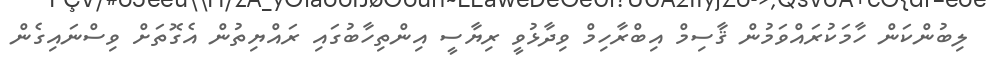
ލިބުންކަން ހާމަކުރައްވަމުން ޤާސިމް އިބްރާހިމް ވިދާޅުވީ ރިޔާސީ އިންތިހާބުގައި ރައްޔިތުން އެގޮތަށް ވިސްނައިގެން